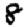
Digit: 8